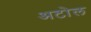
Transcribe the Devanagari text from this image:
अटोल